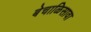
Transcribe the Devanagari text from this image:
बेचाळिसावा